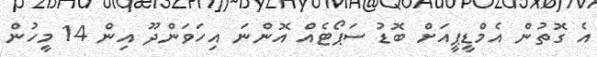
އެ ގޮތުން އެމްޑީޕީއަށް ބޮޑު ސަޕޯޓެއް އޮންނަ އިހަވަންދޫ އިން 14 މީހުން